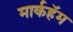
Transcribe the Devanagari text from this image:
मार्कहॅम